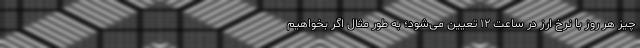
چیز هر روز با نرخ ارز در ساعت ۱۲ تعیین می‌شود؛ به طور مثال اگر بخواهیم